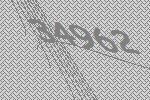
34962